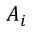
A _ { i }